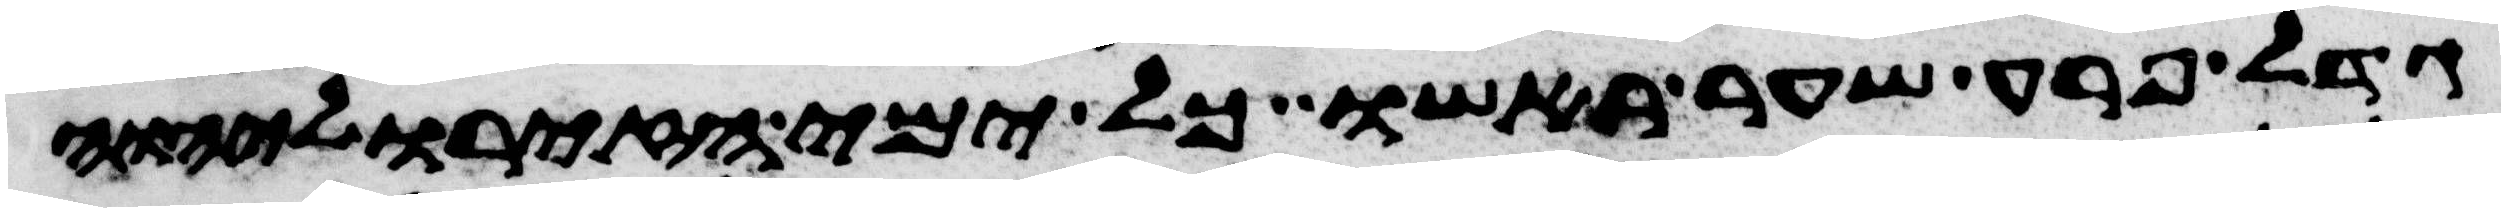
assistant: גדל פרע שער ראשו כל ימי הזירו ליהוה